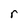
Character: r